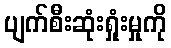
ပျက်စီးဆုံးရှုံးမှုကို